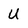
Character: U